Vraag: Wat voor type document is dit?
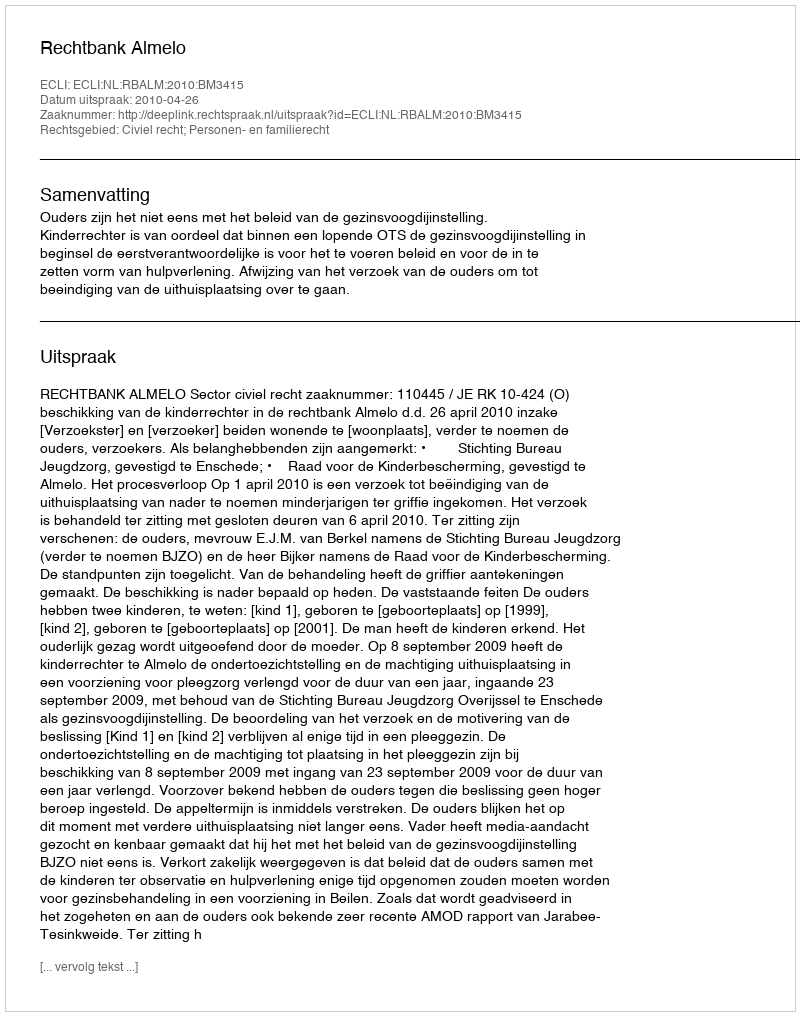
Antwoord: Uitspraak